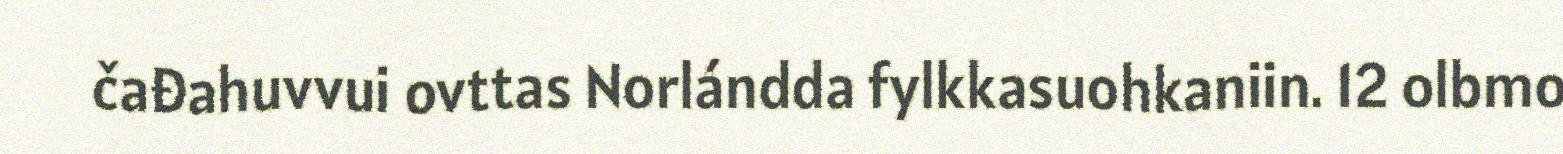
čađahuvvui ovttas Norlándda fylkkasuohkaniin. 12 olbmo